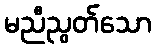
မညီညွတ်သော